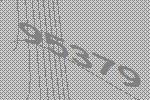
95379